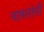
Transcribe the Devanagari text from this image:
चापलोसी